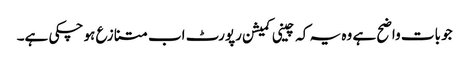
جو بات واضح ہے وہ یہ کہ چینی کمیشن رپورٹ اب متنازع ہو چکی ہے۔